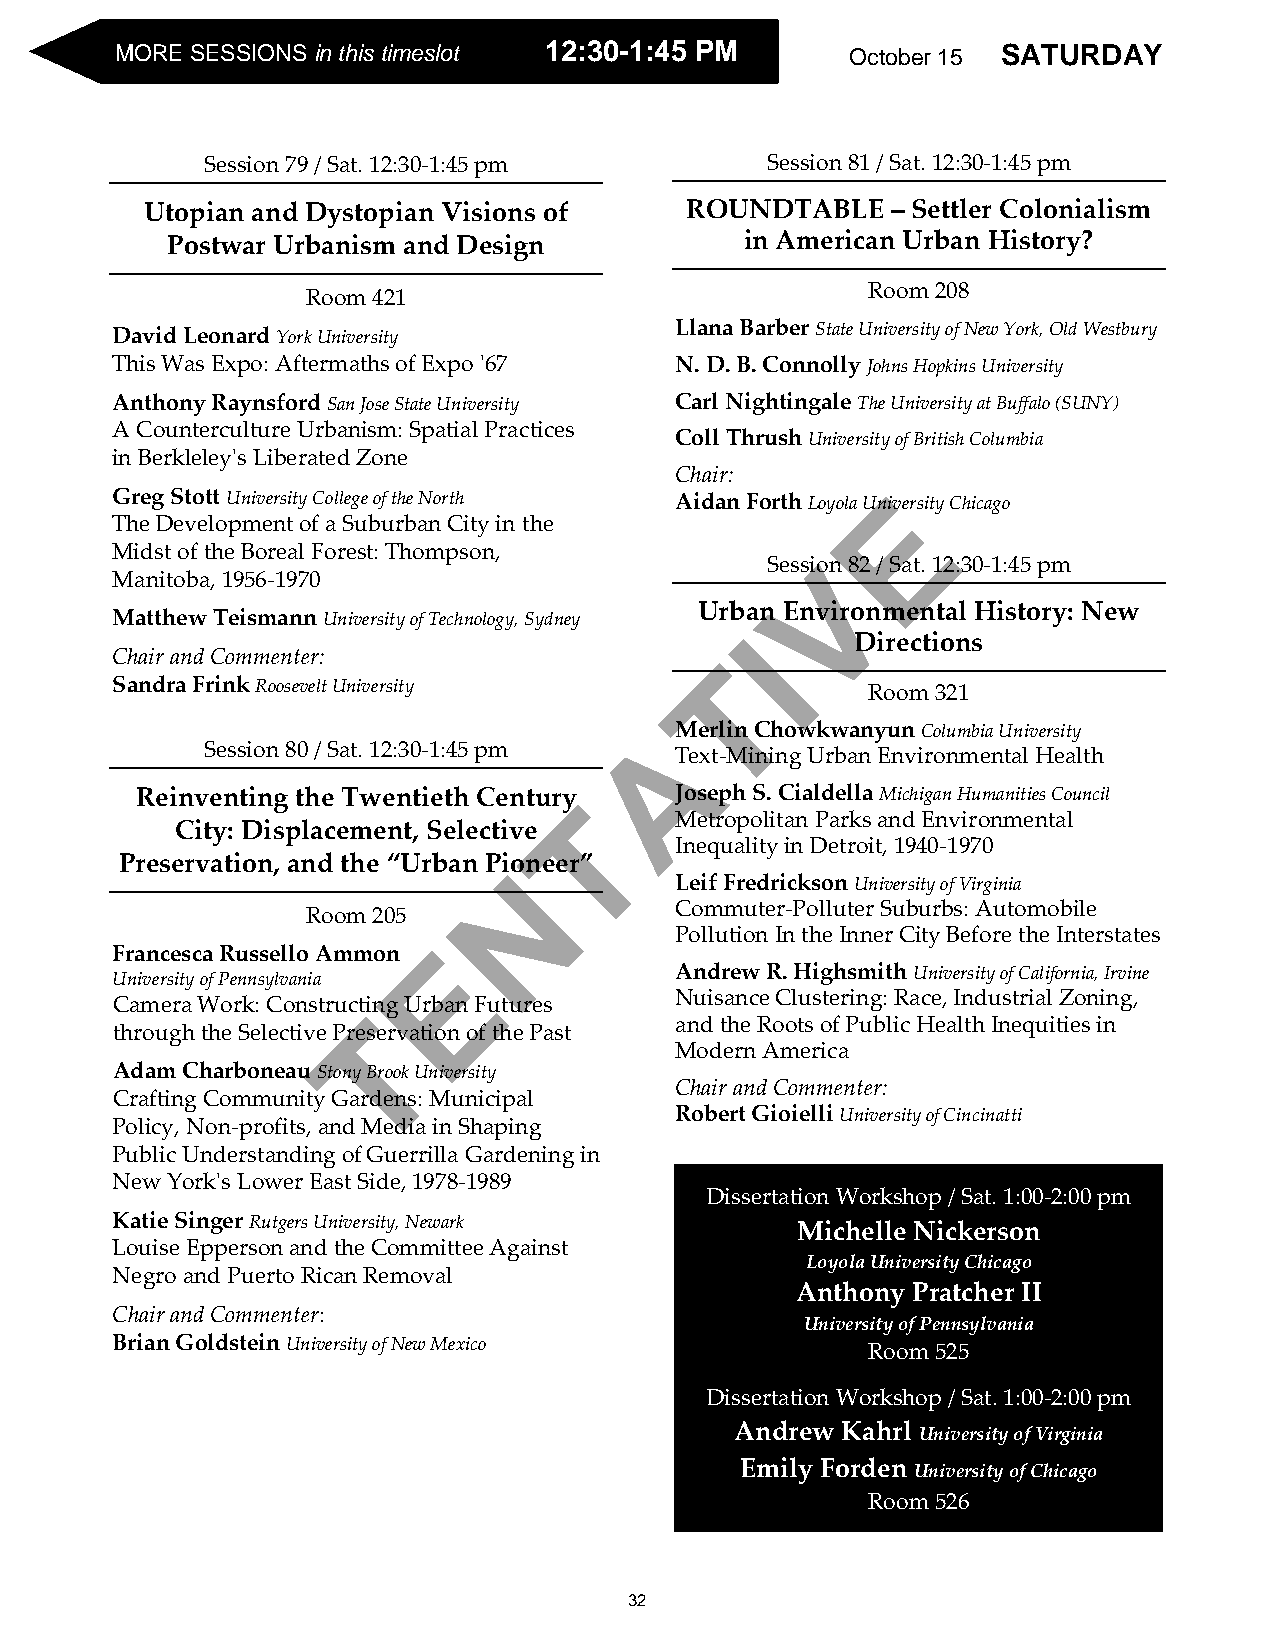
SMAORTEU SREDSASIYO N S i nO tchtiosb teimr e1s5l ot 1122::3300--11::4455 PPMM October 15 SATURDAY
 Session 79 / Sat. 12:30-1:45 pm      Session 81 / Sat. 12:30-1:45 pm
 Utopian and Dystopian Visions of   ROUNDTABLE    – Settler Colonialism
 Postwar Urbanism and Design           in American Urban History?
 Room 208
 Room 421
 David Leonard York University         Llana Barber State University of New York, Old Westbury
 This Was Expo: Aftermaths of Expo '67 N. D. B. Connolly Johns Hopkins University
 Anthony Raynsford San Jose State University Carl Nightingale The University at Buffalo (SUNY)
 A Counterculture Urbanism: Spatial Practices
 Coll Thrush University of British Columbia
 in Berkleley's Liberated Zone
 Chair:
 Greg Stott University College of the North Aidan Forth Loyola UnE iversity Chicago
 The Development of a Suburban City in the
 Midst of the Boreal Forest: Thompson,
 SessiVon 82 / Sat. 12:30-1:45 pm
 Manitoba, 1956-1970
 Urban Environmental History: New
 Matthew Teismann University of Technology, Sydney
 I
 Directions
 Chair and Commenter:
 T
 Sandra Frink Roosevelt University                 Room 321
 AMerlin Chowkwanyun Columbia University
 Session 80 / Sat. 12:30-1:45 pm
 Text-Mining Urban Environmental Health
 Reinventing the Twentieth Century   Joseph S. Cialdella Michigan Humanities Council
 T
 Metropolitan Parks and Environmental
 City: Displacement, Selective
 Inequality in Detroit, 1940-1970
 Preservation, and the “Urban Pioneer”
 N
 Leif Fredrickson University of Virginia
 Commuter-Polluter Suburbs: Automobile
 Room 205
 Pollution In the Inner City Before the Interstates
 E
 Francesca Russello Ammon
 University of Pennsylvania            Andrew R. Highsmith University of California, Irvine
 Nuisance Clustering: Race, Industrial Zoning,
 Camera Work: Constructing Urban Futures
 T
 and the Roots of Public Health Inequities in
 through the Selective Preservation of the Past
 Modern America
 Adam Charboneau Stony Brook University
 Chair and Commenter:
 Crafting Community Gardens: Municipal
 Robert Gioielli University of Cincinatti
 Policy, Non-profits, and Media in Shaping
 Public Understanding of Guerrilla Gardening in
 New York's Lower East Side, 1978-1989
 Dissertation Workshop / Sat. 1:00-2:00 pm
 Katie Singer Rutgers University, Newark       Michelle Nickerson
 Louise Epperson and the Committee Against
 Loyola University Chicago
 Negro and Puerto Rican Removal
 Anthony Pratcher II
 Chair and Commenter:
 University of Pennsylvania
 Brian Goldstein University of New Mexico
 Room 525
 Dissertation Workshop / Sat. 1:00-2:00 pm
 Andrew Kahrl University of Virginia
 Emily Forden University of Chicago
 Room 526
 32